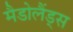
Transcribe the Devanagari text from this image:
मैडोलैंड्स